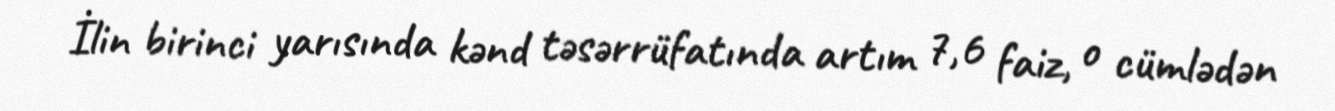
İlin birinci yarısında kənd təsərrüfatında artım 7,6 faiz, o cümlədən